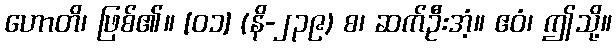
ဟောတိ၊ ဖြစ်၏။ [၀၁] (နိ-၂၃၉) စ၊ ဆက်ဦးအံ့။ ဧဝံ၊ ဤသို့။